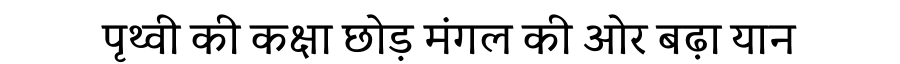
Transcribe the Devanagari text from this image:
पृथ्वी की कक्षा छोड़ मंगल की ओर बढ़ा यान